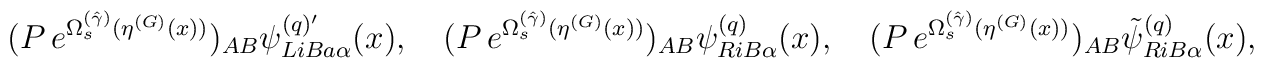
(P\, e^{\Omega_s^{(\hat \gamma )}(\eta^{(G)}(x))} )_{AB} \psi^{(q){'}}_{LiBa\alpha}(x),\quad (P\, e^{\Omega_s^{(\hat \gamma )}(\eta^{(G)}(x))} )_{AB} \psi^{(q)}_{RiB\alpha}(x),\quad (P\, e^{\Omega_s^{(\hat \gamma )}(\eta^{(G)}(x))} )_{AB} {\tilde \psi}^{(q)}_{RiB\alpha}(x),